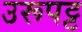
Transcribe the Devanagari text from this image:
उरूपट्ट